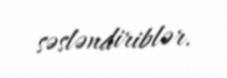
səsləndiriblər.